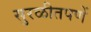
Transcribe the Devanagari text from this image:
सुरळीतपणें